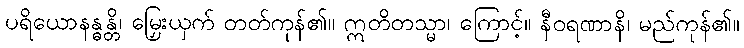
ပရိယောနန္ဓန္တိ၊ မြှေးယှက် တတ်ကုန်၏။ ဣတိတသ္မာ၊ ကြောင့်။ နီဝရဏာနိ၊ မည်ကုန်၏။